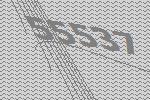
55537